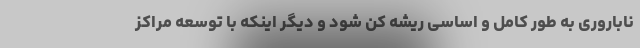
ناباروری به طور کامل و اساسی ریشه کن شود و دیگر اینکه با توسعه مراکز